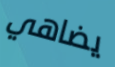
يضاهي